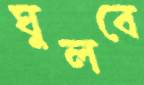
ঘুলবে